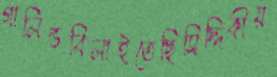
গালিভবিলাইতেছিসিদ্দিকীয়